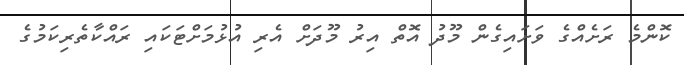
ކޮންމެ ރަށެއްގެ ވަށައިގެން މޫދު އޮތް އިރު މޫދަށް އެރި އުޅުމަށްޓަކައި ރައްކާތެރިކަމުގެ